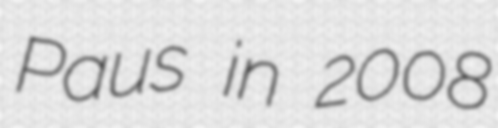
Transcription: Paus in 2008